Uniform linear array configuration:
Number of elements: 24
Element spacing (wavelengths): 0.75
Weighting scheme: uniform
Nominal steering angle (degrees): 45
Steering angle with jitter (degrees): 46.37
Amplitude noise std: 0.05
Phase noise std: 0.05

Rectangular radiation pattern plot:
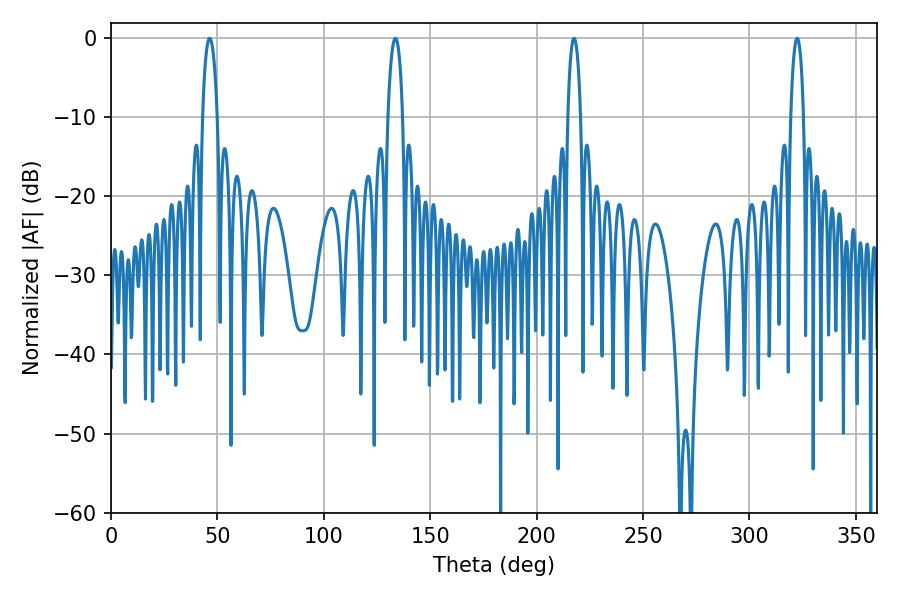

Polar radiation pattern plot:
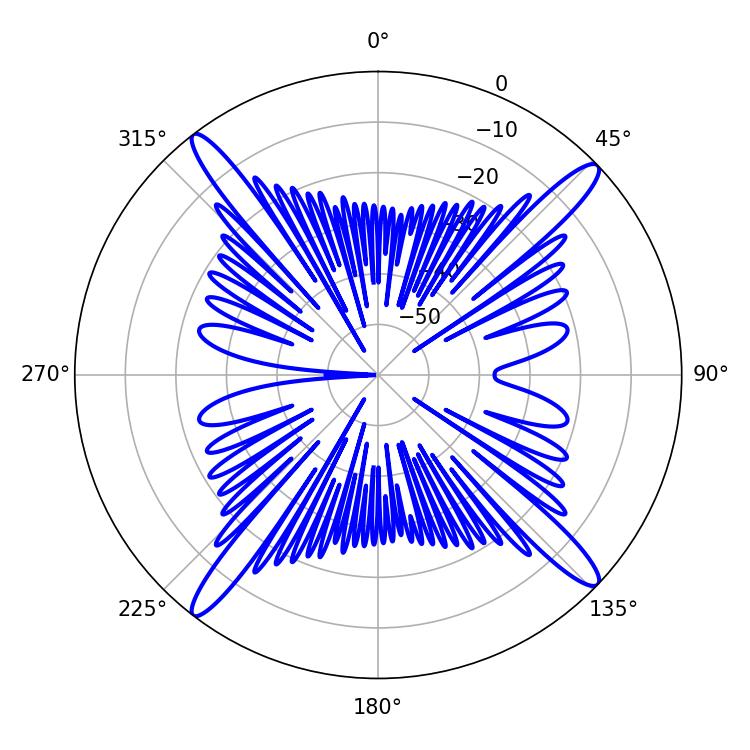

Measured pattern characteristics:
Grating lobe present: TRUE
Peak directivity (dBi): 18.114
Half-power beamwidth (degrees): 3.42
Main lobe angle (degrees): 217.62